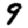
Digit: 9